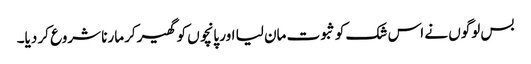
بس لوگوں نے اس شک کو ثبوت مان لیا اور پانچوں کو گھیر‌کر مارنا شروع کر دیا۔